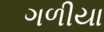
ગળીયા